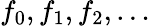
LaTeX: f_{0},f_{1},f_{2},\ldots